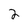
Character: 2